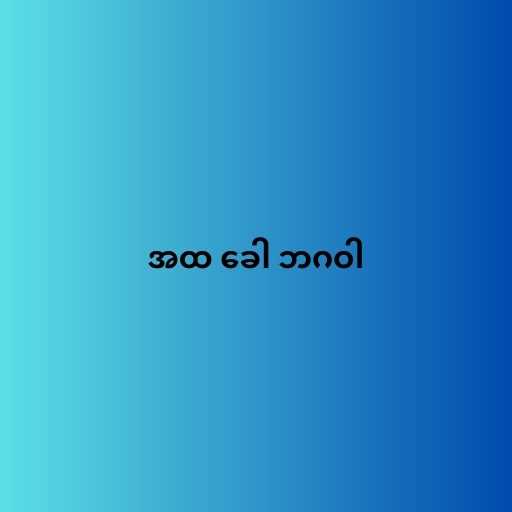
အထ ခေါ ဘဂဝါ